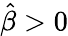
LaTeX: \hat{\beta}>0